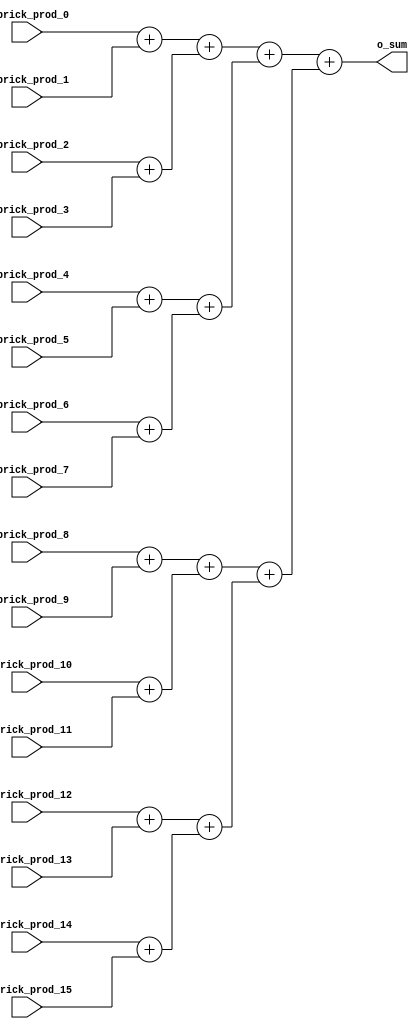
module brick_adder(
  input signed [4:0]  i_brick_prod_0,// -6 ~ 9
  input signed [4:0]  i_brick_prod_1,// -6 ~ 9
  input signed [4:0]  i_brick_prod_2,// -6 ~ 9
  input signed [4:0]  i_brick_prod_3,// -6 ~ 9
  input signed [4:0]  i_brick_prod_4,// -6 ~ 9
  input signed [4:0]  i_brick_prod_5,// -6 ~ 9
  input signed [4:0]  i_brick_prod_6,// -6 ~ 9
  input signed [4:0]  i_brick_prod_7,// -6 ~ 9
  input signed [4:0]  i_brick_prod_8,// -6 ~ 9
  input signed [4:0]  i_brick_prod_9,// -6 ~ 9
  input signed [4:0]  i_brick_prod_10,// -6 ~ 9
  input signed [4:0]  i_brick_prod_11,// -6 ~ 9
  input signed [4:0]  i_brick_prod_12,// -6 ~ 9
  input signed [4:0]  i_brick_prod_13,// -6 ~ 9
  input signed [4:0]  i_brick_prod_14,// -6 ~ 9
  input signed [4:0]  i_brick_prod_15,// -6 ~ 9
  output signed [8:0] o_sum
);

  assign o_sum = (((i_brick_prod_0 + i_brick_prod_1) + (i_brick_prod_2 + i_brick_prod_3)) + ((i_brick_prod_4 + i_brick_prod_5) + (i_brick_prod_6 + i_brick_prod_7))) + (((i_brick_prod_8 + i_brick_prod_9) + (i_brick_prod_10 + i_brick_prod_11)) + ((i_brick_prod_12 + i_brick_prod_13) + (i_brick_prod_14 + i_brick_prod_15)));
  
endmodule